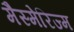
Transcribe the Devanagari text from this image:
मैस्मेरिज्म